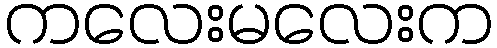
ကလေးမလေးက